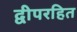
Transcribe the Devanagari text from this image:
द्वीपरहित